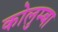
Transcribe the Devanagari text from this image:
कोलुम्बा